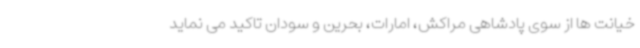
خیانت ها از سوی پادشاهی مراکش، امارات، بحرین و سودان تاکید می نماید